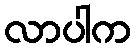
လာပါက